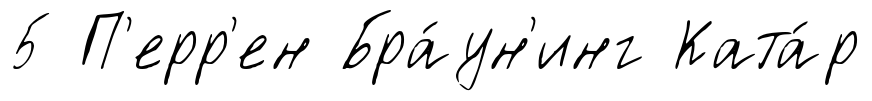
5 П'ерр'ен Бра́ун'инг Ката́р